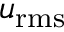
u _ { \mathrm { r m s } }